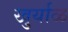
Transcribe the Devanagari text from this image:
खुर्याळ